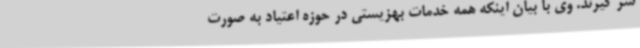
سر گیرند. وی با بیان اینکه همه خدمات بهزیستی در حوزه اعتیاد به صورت